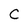
Character: C